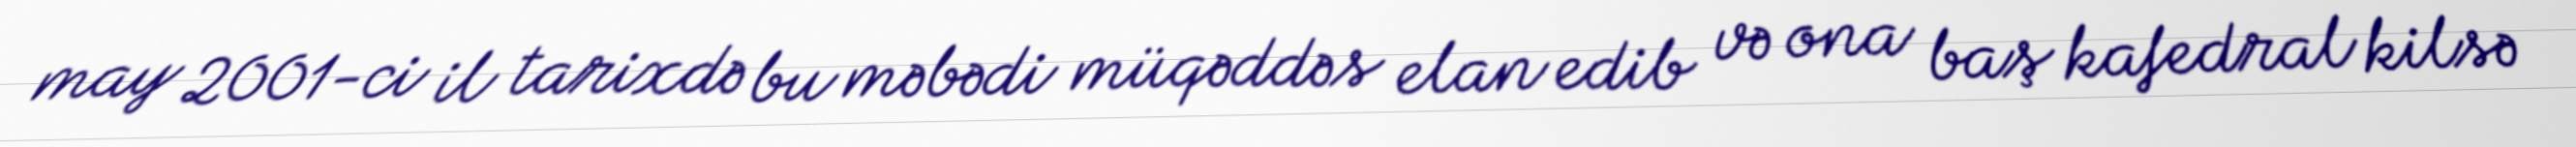
may 2001-ci il tarixdə bu məbədi müqəddəs elan edib və ona baş kafedral kilsə